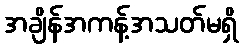
အချိန်အကန့်အသတ်မရှိ